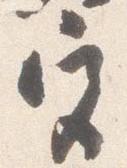
宮